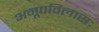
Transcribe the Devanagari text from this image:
अनूपविलासः